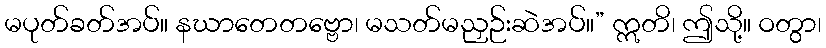
မပုတ်ခတ်အပ်။ နဃာတေတဗ္ဗော၊ မသတ်မညှဉ်းဆဲအပ်။” ဣတိ၊ ဤသို့။ ဝတွာ၊